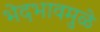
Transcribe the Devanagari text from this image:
भेदभावमुळे